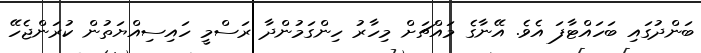
ބަންދުގައި ބަހައްޓާފަ އެވެ. އޭނާގެ މައްޗަށް މިހާރު ހިންގަމުންދާ ރަސްމީ ހައިސިއްޔަތުން ކުރަންޖެހޭ